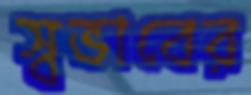
স্বভাবের